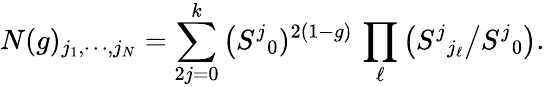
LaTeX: N(g)_{j_{1},\cdots,j_{N}}=\sum_{2j=0}^{k}\big(S^{j}{}_{0})^{2(1-g)}\, \prod_{\ell}\big(S^{j}{}_{j_{\ell}}\big/S^{j}{}_{0}\big).